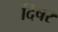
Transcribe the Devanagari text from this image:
दिषर